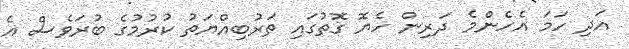
އަދި ހަމަ އެހެންމެ ދަރިން ހެޔޮ ގޮތުގައި ތަރުބިއްޔަތު ކުރުމުގެ ބުރަވެސް އެ